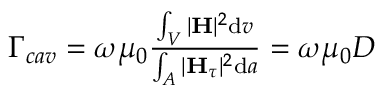
\begin{array} { r } { \Gamma _ { c a v } = \omega \mu _ { 0 } \frac { \int _ { V } | \textbf H | ^ { 2 } \mathrm { d } v } { \int _ { A } | \textbf H _ { \tau } | ^ { 2 } \mathrm { d } a } = \omega \mu _ { 0 } D } \end{array}